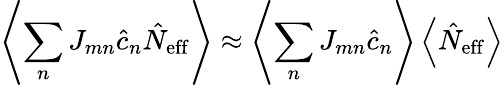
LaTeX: \left\langle\sum_{n}J_{mn}\hat{c}_{n}\hat{N}_{\mathrm{eff}}\right\rangle\approx\left\langle\sum_{n}J_{mn}\hat{c}_{n}\right\rangle\left\langle\hat{N}_{\mathrm{eff}}\right\rangle